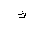
Letter: _kaf